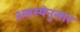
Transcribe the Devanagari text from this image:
अवस्थेनुसार